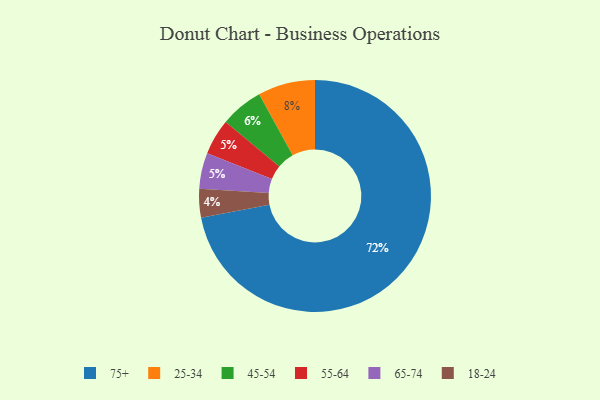
{"axis": {"x": "Category", "y": "Percentage"}, "legend": ["18-24", "25-34", "45-54", "55-64", "65-74", "75+"], "data": [{"x": "45-54", "y": 6, "type": "45-54"}, {"x": "25-34", "y": 8, "type": "25-34"}, {"x": "55-64", "y": 5, "type": "55-64"}, {"x": "65-74", "y": 5, "type": "65-74"}, {"x": "75+", "y": 72, "type": "75+"}, {"x": "18-24", "y": 4, "type": "18-24"}]}